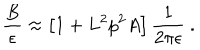
LaTeX: { \frac { B } { \epsilon } } \approx \left[ 1 + L ^ { 2 } p ^ { 2 } A \right] { \frac { 1 } { 2 \pi \epsilon } } ~ .